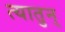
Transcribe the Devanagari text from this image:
त्यातुन्